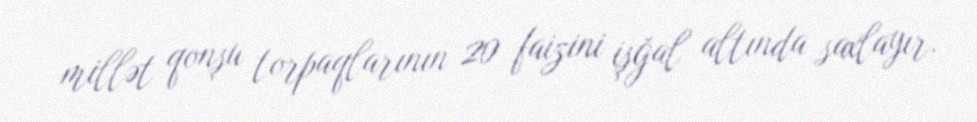
millət qonşu torpaqlarının 20 faizini işğal altında saxlayır.